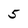
Character: 5